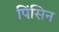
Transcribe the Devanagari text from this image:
पिंसिन